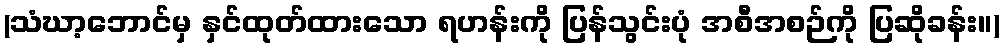
(သံဃာ့ဘောင်မှ နှင်ထုတ်ထားသော ရဟန်းကို ပြန်သွင်းပုံ အစီအစဉ်ကို ပြဆိုခန်း။)